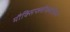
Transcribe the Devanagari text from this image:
मौक्सिफ्लौक्सासिन